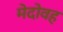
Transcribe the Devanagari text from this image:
मेदोवह